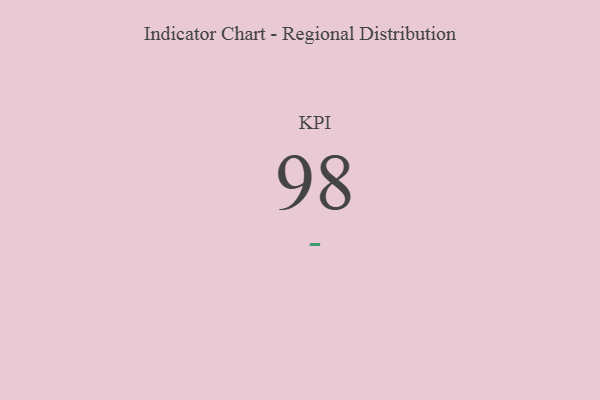
{"axis": {"x": "KPI", "y": "Value"}, "legend": [""], "data": [{"x": "KPI", "y": 98, "type": ""}]}